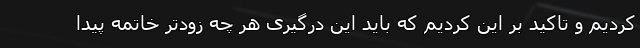
کردیم و تاکید بر این کردیم که باید این درگیری هر چه زودتر خاتمه پیدا